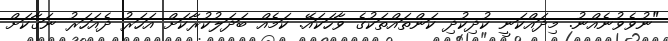
"ނުވެވުނެއްނު. މިދައްކަނީ ކުދިކުދި ކަންތައްތަކުގެ ވާހަކައޭ. ކަމެއް ބަދަލުކުރާކަށް އަހަރު ދެއަހަރު ނަގާކަށް